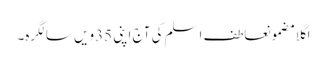
اگلا مضمونعاطف اسلم کی آج اپنی 35ویں سالگرہ۔